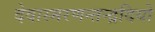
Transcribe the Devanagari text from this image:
देवास्मरणन्तन्द्रदियो